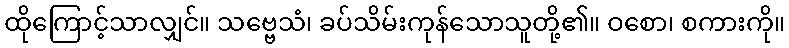
ထိုကြောင့်သာလျှင်။ သဗ္ဗေသံ၊ ခပ်သိမ်းကုန်သောသူတို့၏။ ဝစော၊ စကားကို။